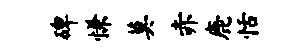
碑慊莫赤鹿恬